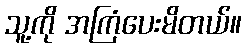
သူ့ကို အကြံပေးမိတယ်။